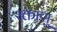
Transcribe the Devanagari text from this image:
रक्ताणु